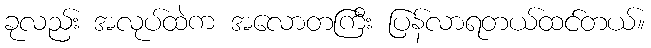
ခုလည်း အလုပ်ထဲက အလောတကြီး ပြန်လာရတယ်ထင်တယ်။